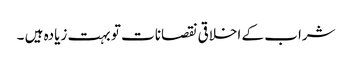
شراب کے اخلاقی نقصانات تو بہت زیادہ ہیں ۔